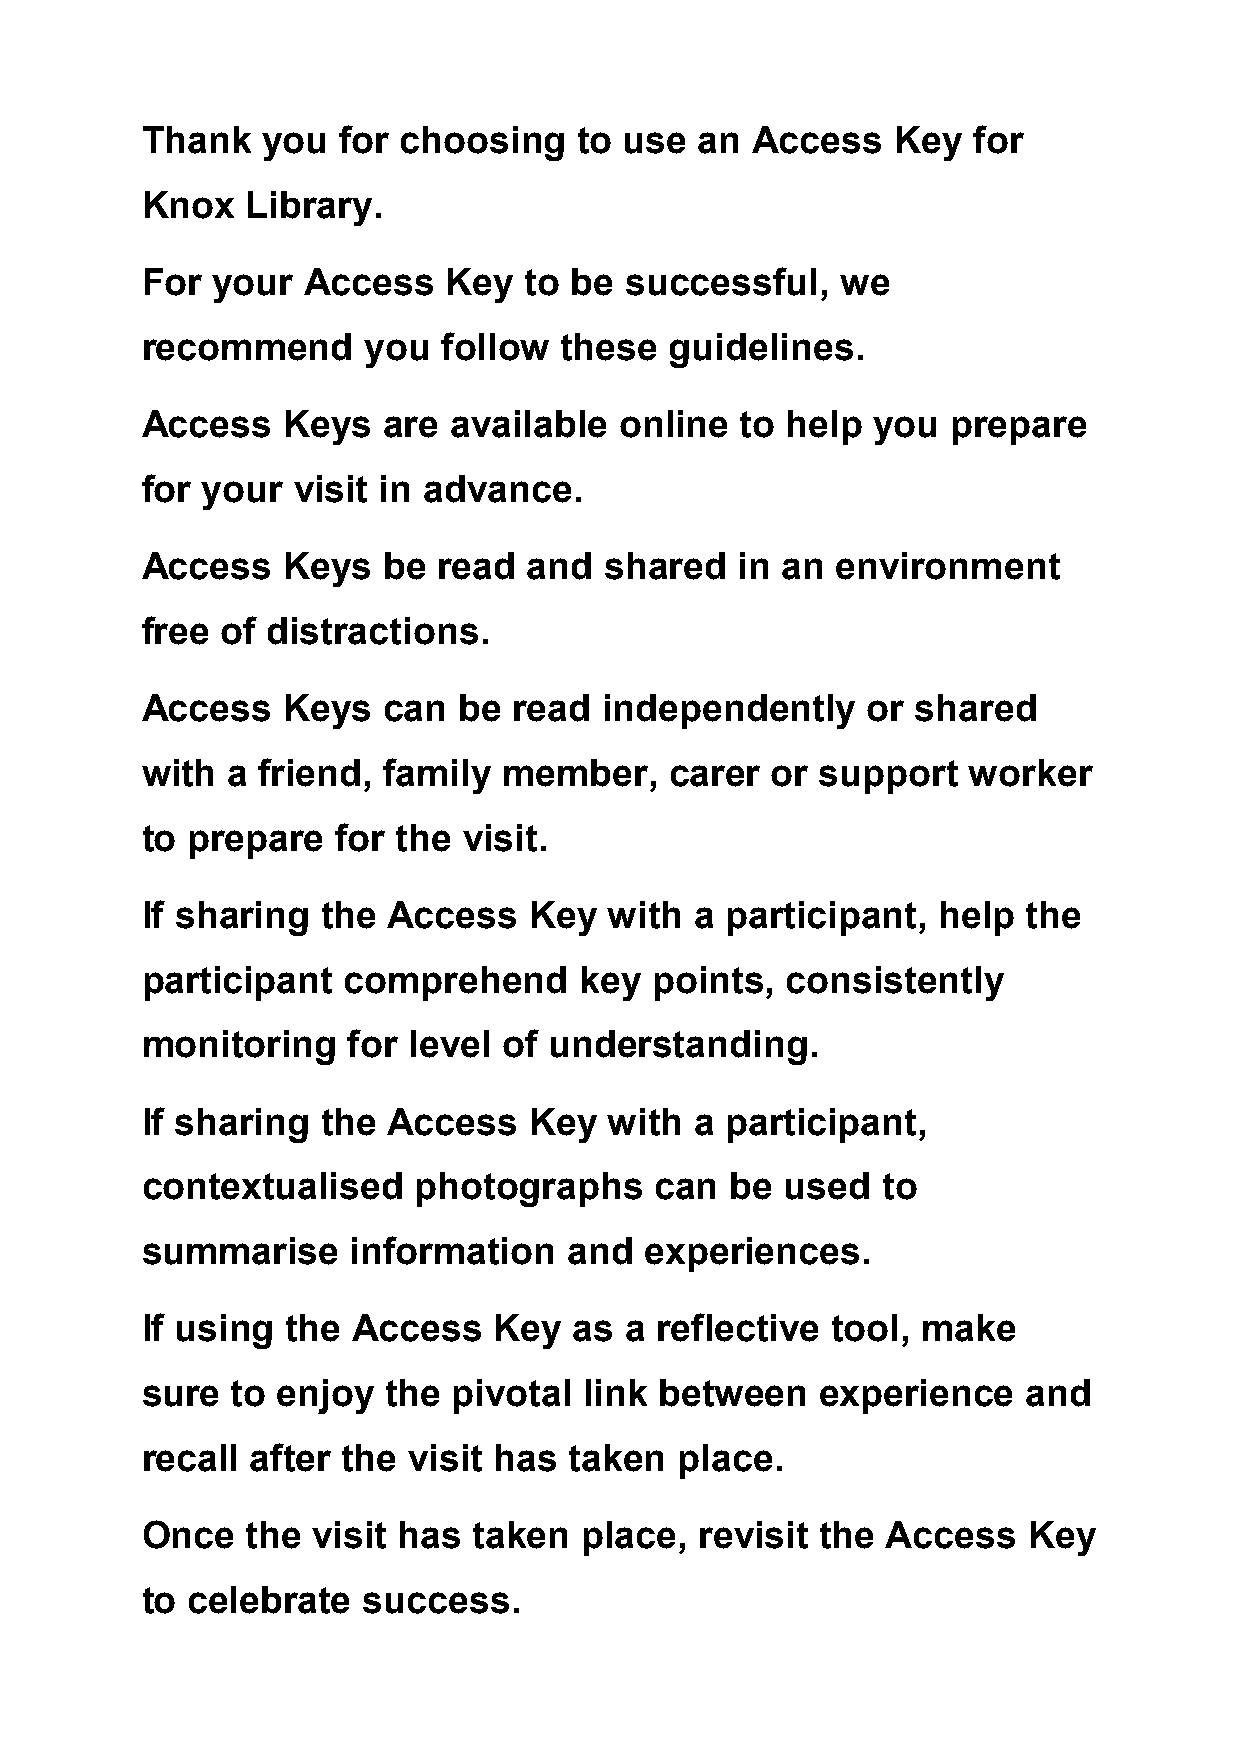
Thank   you  for choosing    to use  an  Access   Key  for
 Knox   Library.
 For  your  Access    Key  to be successful,    we
 recommend      you  follow  these  guidelines.
 Access    Keys  are  available  online  to help  you  prepare
 for your  visit in advance.
 Access    Keys  be  read  and  shared   in an environment
 free  of distractions.
 Access    Keys  can  be  read  independently    or  shared
 with  a friend, family  member,    carer  or support   worker
 to prepare   for the  visit.
 If sharing  the  Access   Key  with  a participant,  help  the
 participant   comprehend     key  points,  consistently
 monitoring    for level of understanding.
 If sharing  the  Access   Key  with  a participant,
 contextualised    photographs     can  be  used  to
 summarise     information    and  experiences.
 If using  the Access    Key  as a reflective  tool, make
 sure  to enjoy   the pivotal  link between   experience    and
 recall  after the visit has  taken  place.
 Once   the  visit has taken  place,  revisit the  Access   Key
 to celebrate   success.